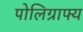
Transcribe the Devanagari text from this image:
पोलिग्राफ्य